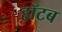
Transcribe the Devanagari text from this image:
हॉटब